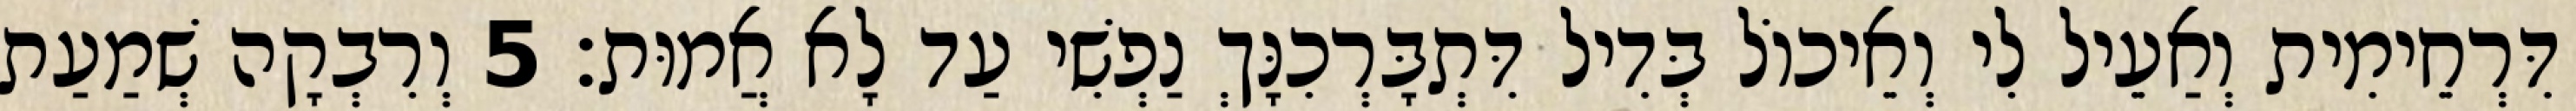
דִּרְחֵימִית וְאַעֵיל לִי וְאֵיכוֹל בְּדִיל דִּתְבָּרְכִנָּךְ נַפְשִׁי עַד לָא אֲמוּת׃ 5 וְרִבְקָה שְׁמַעַת